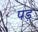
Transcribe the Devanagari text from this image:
पड़़